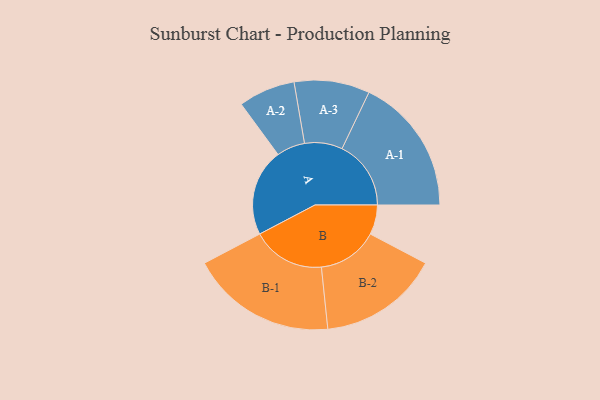
{"axis": {"x": "Segment", "y": "Value"}, "legend": ["", "A", "B"], "data": [{"x": "A", "y": 344, "type": ""}, {"x": "B", "y": 117, "type": ""}, {"x": "A-1", "y": 272, "type": "A"}, {"x": "A-2", "y": 112, "type": "A"}, {"x": "A-3", "y": 149, "type": "A"}, {"x": "B-1", "y": 288, "type": "B"}, {"x": "B-2", "y": 238, "type": "B"}]}